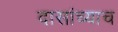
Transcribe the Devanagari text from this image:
दासांच्याच